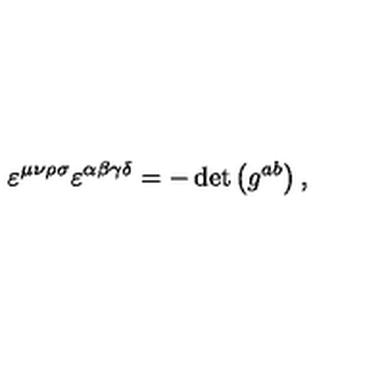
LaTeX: \varepsilon ^ { \mu \nu \rho \sigma } \varepsilon ^ { \alpha \beta \gamma \delta } = - \det \left( g ^ { a b } \right) ,